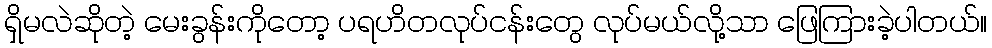
ရှိမလဲဆိုတဲ့ မေးခွန်းကိုတော့ ပရဟိတလုပ်ငန်းတွေ လုပ်မယ်လို့သာ ဖြေကြားခဲ့ပါတယ်။